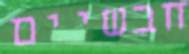
חבשיים